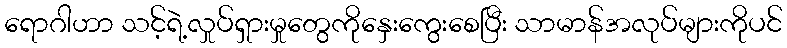
ရောဂါဟာ သင့်ရဲ့လှုပ်ရှားမှုတွေကိုနှေးကွေးစေပြီး သာမာန်အလုပ်များကိုပင်